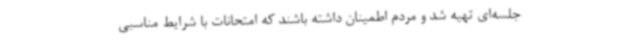
جلسه‌ای تهیه شد و مردم اطمینان داشته باشند که امتحانات با شرایط مناسبی